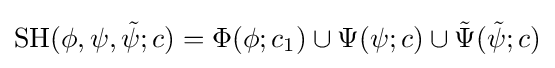
\operatorname {SH} (\phi ,\psi ,{\tilde {\psi }};c)=\Phi (\phi ;c_{1})\cup \Psi (\psi ;c)\cup {\tilde {\Psi }}({\tilde {\psi }};c)